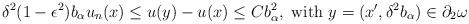
LaTeX: \begin{align*}\delta^2 (1 - \epsilon^2) b_{\alpha} u_n (x) \leq u(y) - u(x) \leq C b_{\alpha}^2, \mbox{ with } y = (x', \delta^2 b_\alpha) \in \partial_2 \omega\end{align*}